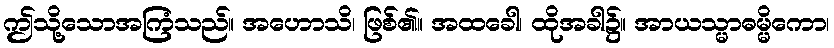
ဤသို့သောအကြံသည်။ အဟောသိ၊ ဖြစ်၏။ အထခေါ၊ ထိုအခါ၌။ အာယသ္မာဓမ္မိကော၊